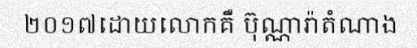
២០១៧ដោយលោកគឺ ប៊ុណ្ណារ៉ាតំណាង